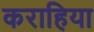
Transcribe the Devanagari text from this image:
कराहिया